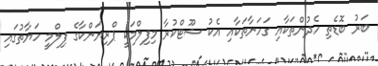
ބަރު ބޮޑެތި ހެދުންތަކާއި ގަހަނާތަކާއި އެކު ޝޫޓްކުރާ މިފިލްމަކީ ޕްރިޔަންކާގެ ފިލްމީ ހަޔާތުގައި